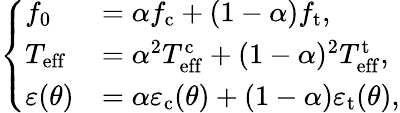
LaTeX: \left\{ \begin{array}{ll}{f_{0}}&{=\alpha f_{\mathrm{c}}+(1-\alpha)f_{\mathrm{t}},}\\ {T_{\mathrm{eff}}}&{=\alpha^{2}T_{\mathrm{eff}}^{\mathrm{c}}+(1-\alpha)^{2}T_{\mathrm{eff}}^{\mathrm{t}},}\\ {\varepsilon(\theta)}&{=\alpha\varepsilon_{\mathrm{c}}(\theta)+(1-\alpha)\varepsilon_{\mathrm{t}}(\theta),}\end{array}\right.